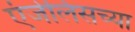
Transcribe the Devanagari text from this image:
एंजेलिसच्या